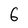
Character: 6